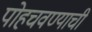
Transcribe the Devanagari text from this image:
पोहचवण्याची